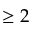
\geq 2